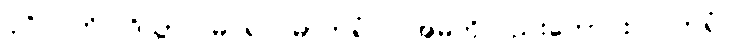
ပုဂ္ဂိုလ်ကို။ ဒိသွာ၊ မြင်၍။ မာတရံဝါ၊ အမိကိုလည်းကောင်း။ ပိတရံဝါ၊